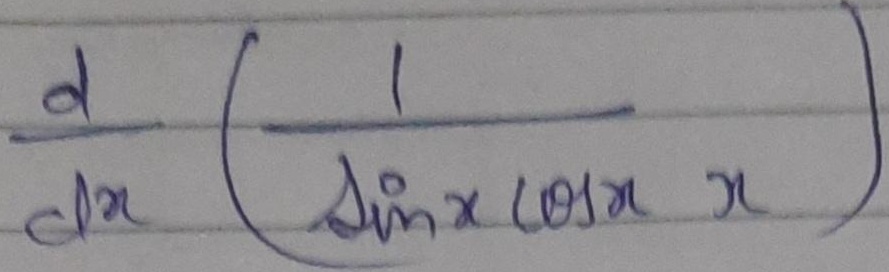
\frac{\mathrm{d} }{\mathrm{d}x}\left(\frac{1}{\sin x\cos x\cdot x}\right)